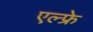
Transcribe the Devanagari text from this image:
एल्फ्रे